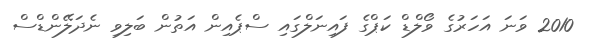
2010 ވަނަ އަހަރުގެ ވޯލްޑް ކަޕްގެ ފައިނަލްގައި ސްޕެއިން އަތުން ބަލިވި ނެދަލޭންޑްސް